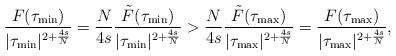
LaTeX: \begin{align*} \frac{F(\tau_{\mathrm{min}})}{|\tau_{\mathrm{min}}|^{2+\frac{4s}{N}}}=\frac{N}{4s}\frac{\tilde{F}(\tau_{\mathrm{min}})}{|\tau_{\mathrm{min}}|^{2+\frac{4s}{N}}}>\frac{N}{4s}\frac{\tilde{F}(\tau_{\mathrm{max}})}{|\tau_{\mathrm{max}}|^{2+\frac{4s}{N}}}=\frac{F(\tau_{\mathrm{max}})}{|\tau_{\mathrm{max}}|^{2+\frac{4s}{N}}},\end{align*}